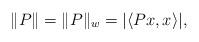
LaTeX: \begin{align*}\|P\|=\|P\|_w=|\langle Px,x\rangle |,\end{align*}